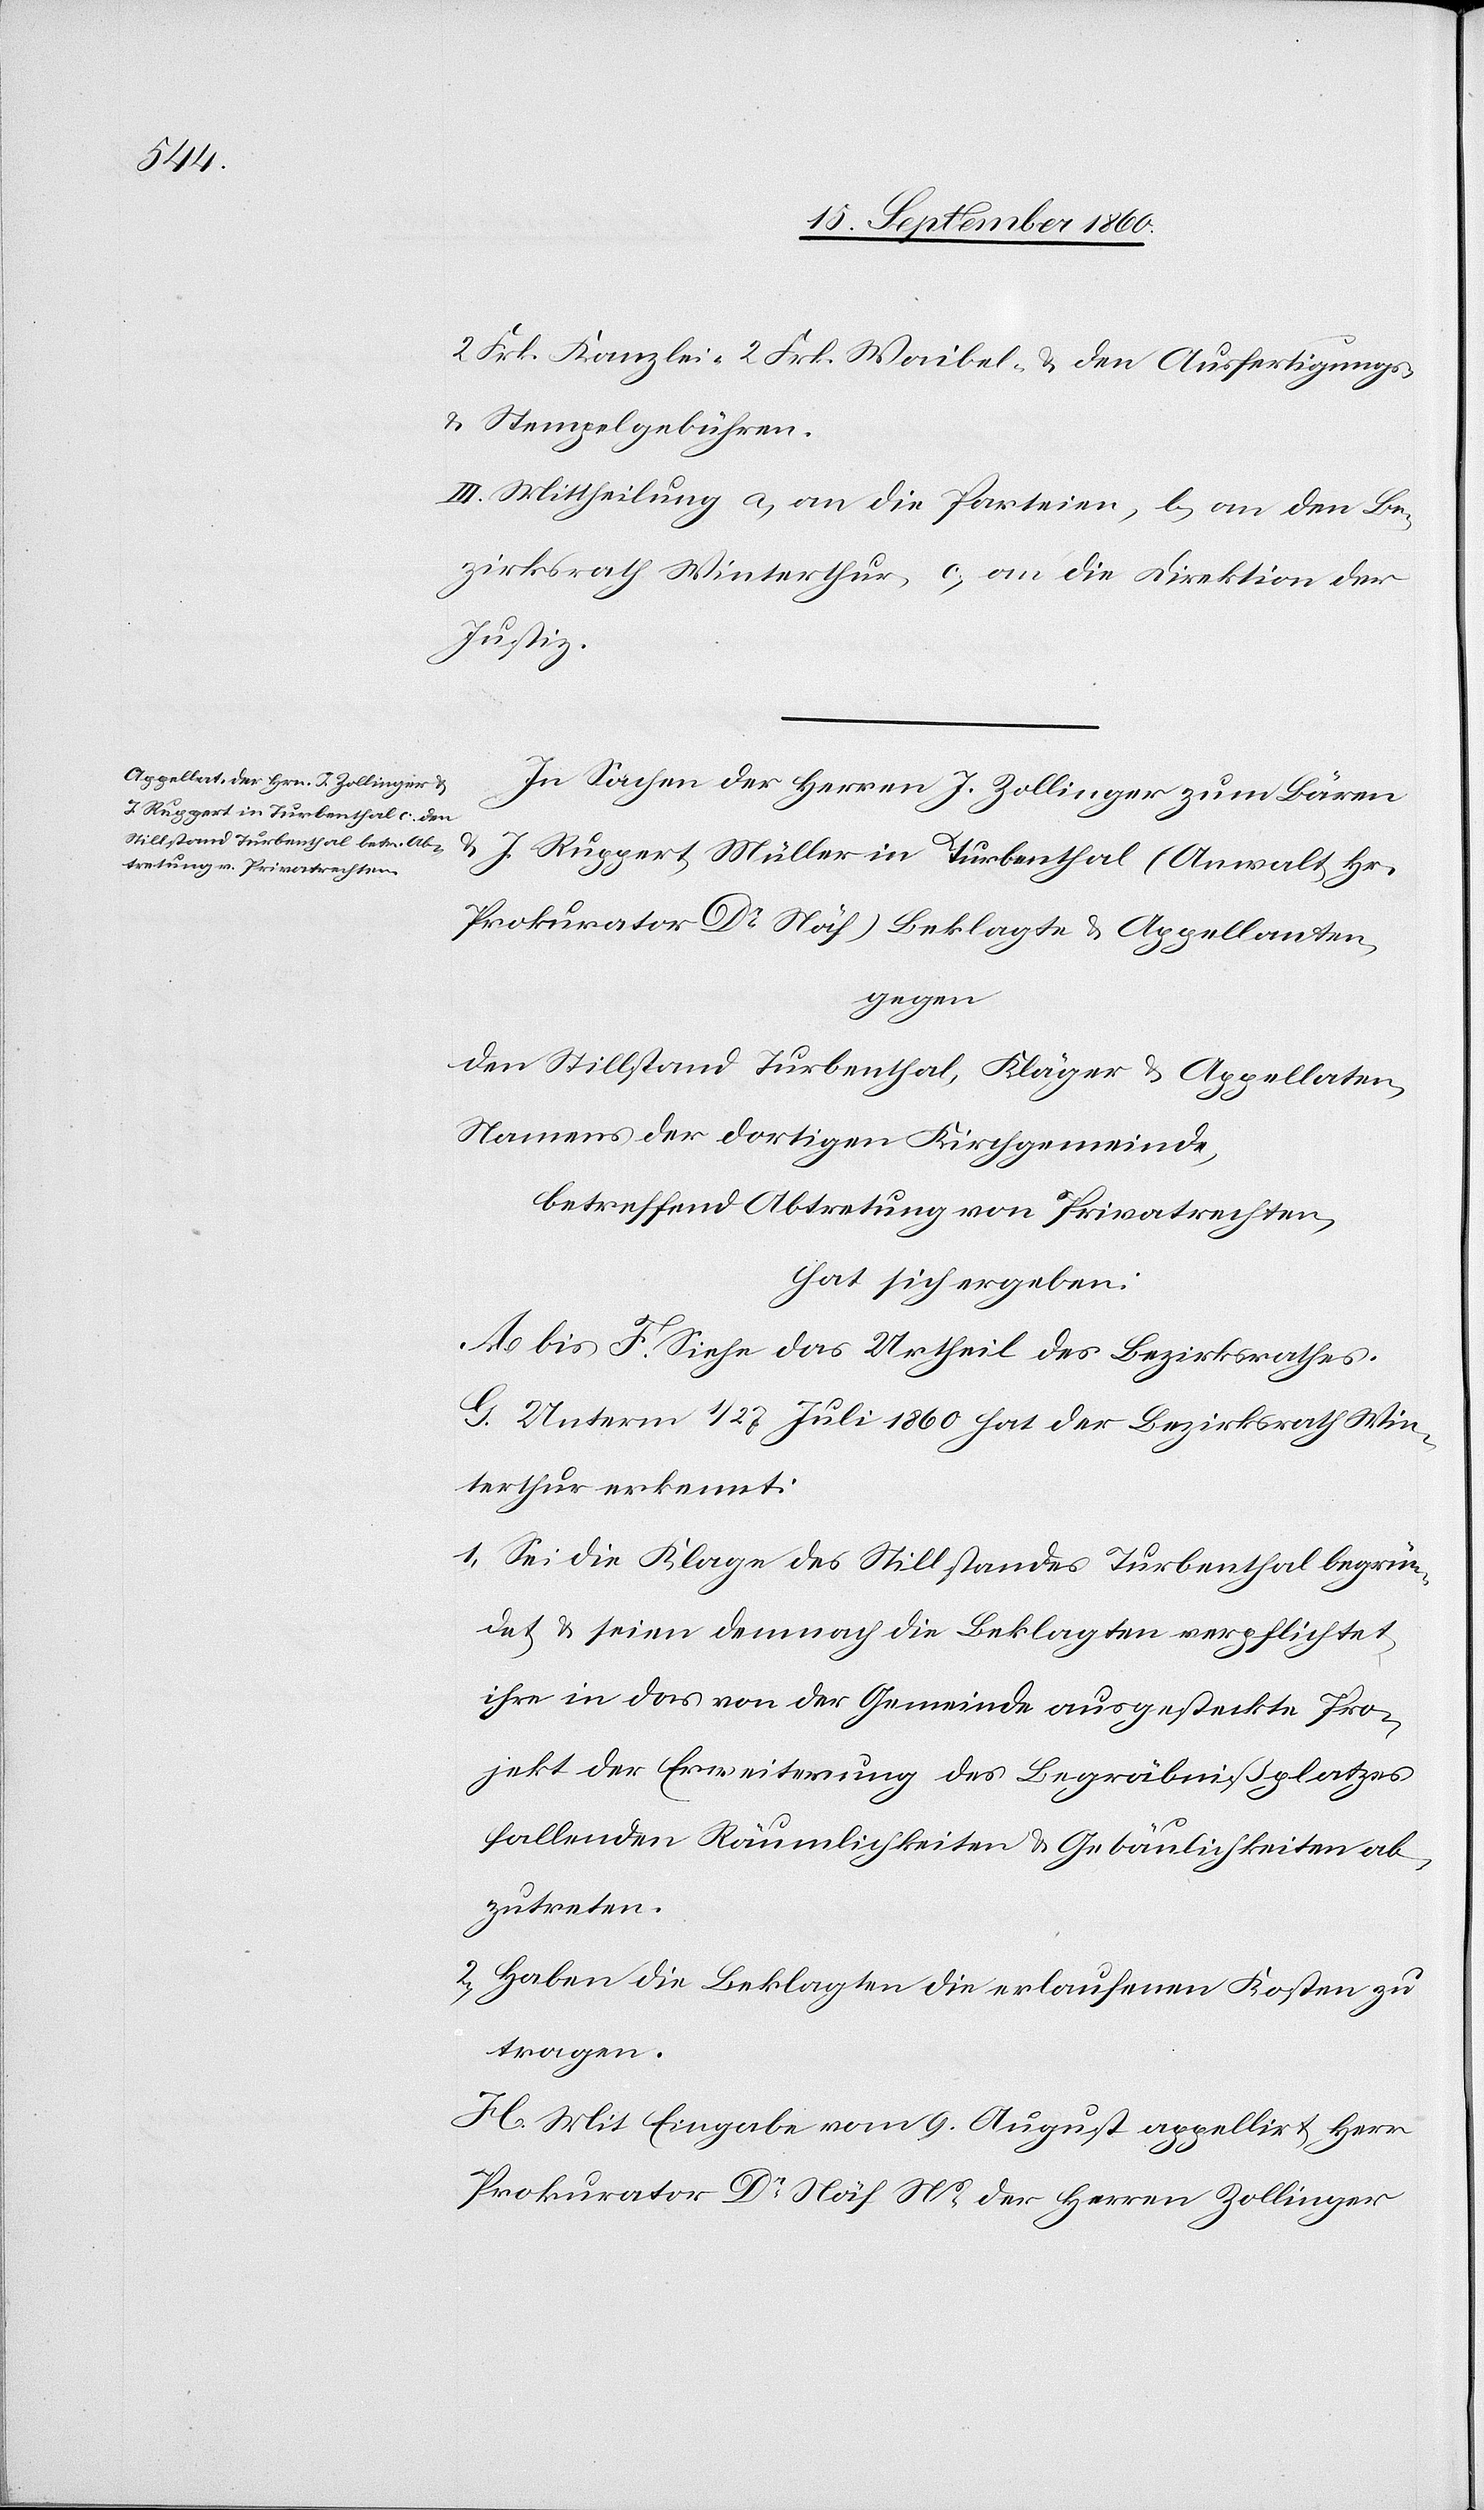
tzes

III. Mittheilung a) an die Parteien, b) an den Be¬
zirksrath Winterthur, c) an die Direktion der
Justiz.
In Sachen der Herren J. Zollinger zu, Bären
und J. Ruppert, Müller in Turbenthal (Anwalt Herr
Prokurator Dr. Näf), Beklagte u. Appellanten
gegen
den Stillstand Turbenthal, Klägerin u. Appellaten,
Namens der dortigen Kirchgemeinde,
betreffend Abtretung von Privatrechten
hat sich ergeben:
A–F. Siehe das Urtheil des Bezirksrathes.
G. Unterm 1/27. Juli 1860 hat der Bezirksrath Win¬
terthur erkennt:
I. Sei die Klage des Stillstandes Turbenthal begrün¬
det u. seien demnach die Beklagten verpflichtet,
ihre in das von der Gemeinde des Begräbnisspla¬
fallenden Räumlichkeiten u. Gebäulichkeiten ab¬
zutreten.
II. Haben die Beklagten die erlaufenen Kosten zu
tragen.
H. Mit Eingabe vom 9. August appellirt Hr.
Prokurator Dr Näf, namens der Herrn Zollinger